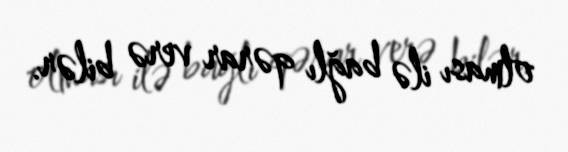
olması ilə bağlı qərar verə bilər.